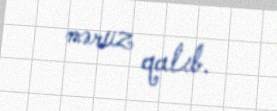
məruz qalıb.